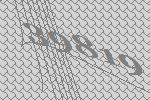
39819